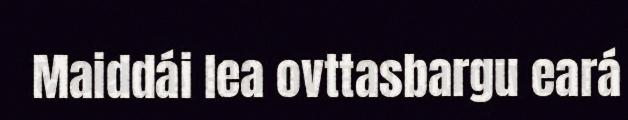
Maiddái lea ovttasbargu eará